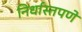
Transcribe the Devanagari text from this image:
निर्धास्तपणे